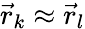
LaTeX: \vec{r}_{k}\approx\vec{r}_{l}